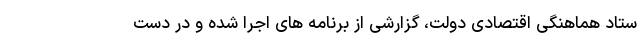
ستاد هماهنگی اقتصادی دولت، گزارشی از برنامه های اجرا شده و در دست